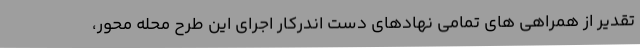
تقدیر از همراهی های تمامی نهادهای دست اندرکار اجرای این طرح محله محور،